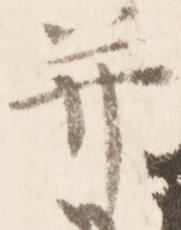
并